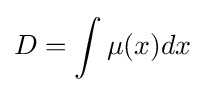
D=\int \mu (x)dx